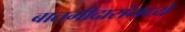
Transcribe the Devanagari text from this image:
बातमीदारांमध्ये